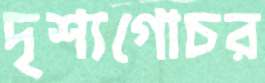
দৃশ্যগোচর